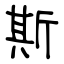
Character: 斯